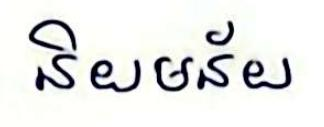
និយមន័យ